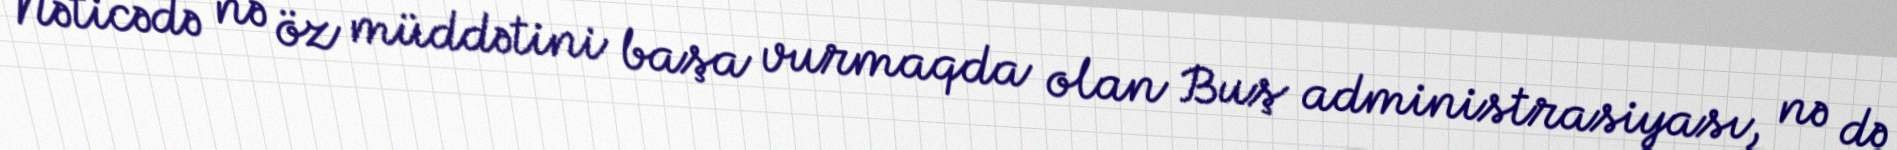
Nəticədə nə öz müddətini başa vurmaqda olan Buş administrasiyası, nə də